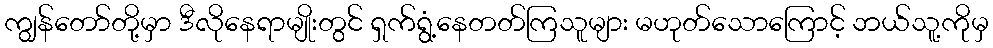
ကျွန်တော်တို့မှာ ဒီလိုနေရာမျိုးတွင် ရှက်ရွံ့နေတတ်ကြသူများ မဟုတ်သောကြောင့် ဘယ်သူ့ကိုမှ